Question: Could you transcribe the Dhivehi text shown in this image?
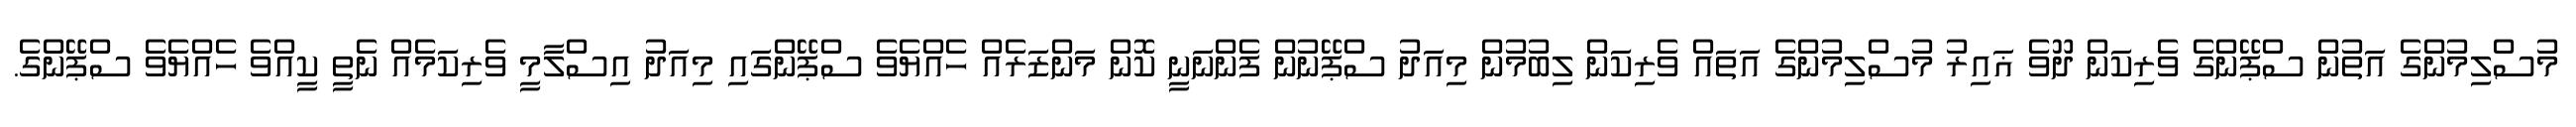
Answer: މުސްލިމުންގެ އަތުން ސްޕޭންގެ ވެރިކަން ދޫވެ ޣައިރު މުސްލިމުންގެ އަތައް ވެރިކަން ލިބުމުން މިއަދު ސްޕޭނުން ފެންނަނީ ކޮން މަންޒަރެއް ހެއްޔެވެ ސްޕޭންގައި މިއަދު އިސްލާމީ ވެރިކަމެއް ނެތީ ކީއްވެ ހެއްޔެވެ ސްޕޭންގެ.